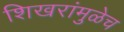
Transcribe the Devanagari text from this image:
शिखरांमुळेच